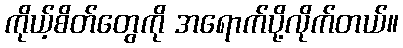
ကိုယ့်စိတ်တွေကို အရောက်ပို့လိုက်တယ်။